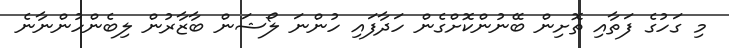
މި ގަހުގެ ފަތާއި ތޮށިން ބޭނުންކޮށްގެން ހަދާފައި ހުންނަ ލޯޝަން ބާޒާރުން ލިބެންހުންނާނެ